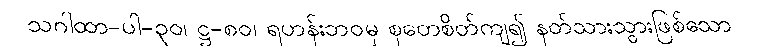
သဂါထာ-ပါ-၃၀၊ ဋ္ဌ-၈၀၊ ရဟန်းဘဝမှ စုတေစိတ်ကျ၍ နတ်သားသွားဖြစ်သော